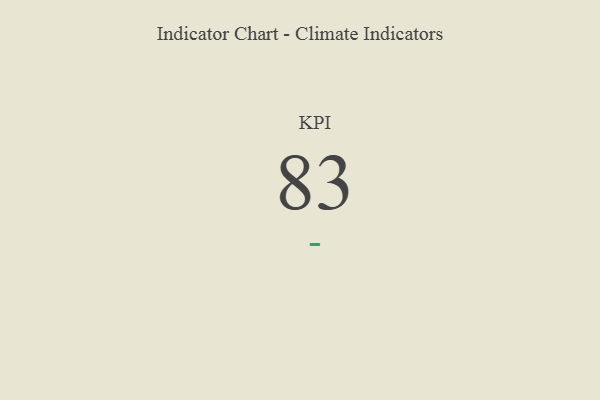
{"axis": {"x": "KPI", "y": "Value"}, "legend": [""], "data": [{"x": "KPI", "y": 83, "type": ""}]}